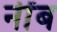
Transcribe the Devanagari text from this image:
नींब